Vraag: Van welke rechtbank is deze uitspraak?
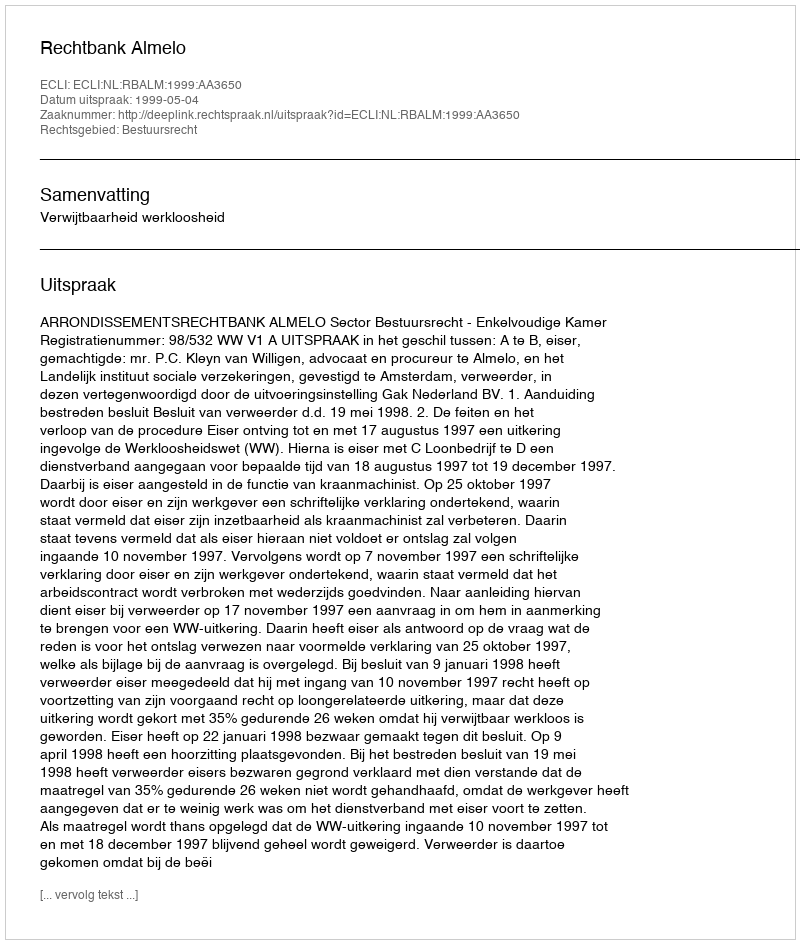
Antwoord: Rechtbank Almelo